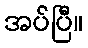
အပ်ပြီ။